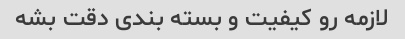
لازمه رو کیفیت و بسته بندی دقت بشه